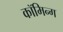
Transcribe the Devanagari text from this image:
कॉमिन्ग